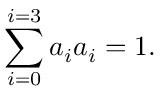
\sum _ { i = 0 } ^ { i = 3 } a _ { i } a _ { i } = 1 .